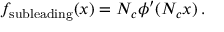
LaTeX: f _ { \mathrm { s u b l e a d i n g } } ( x ) = N _ { c } \phi ^ { \prime } ( N _ { c } x ) \, .